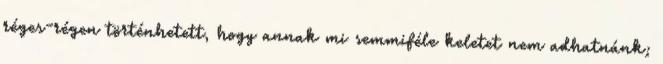
réges-régen történhetett, hogy annak mi semmiféle keletet nem adhatnánk;